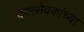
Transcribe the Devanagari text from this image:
कारसेवकांच्या